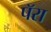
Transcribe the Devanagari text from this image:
पॅरा